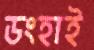
ডংহাই